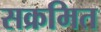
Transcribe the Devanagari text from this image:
सक्रमित